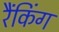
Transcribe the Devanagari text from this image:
रैंकिंग